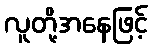
လူတို့အနေဖြင့်